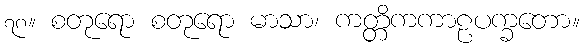
၇၈။ စတုရော စတုရော မာသာ၊ ကတ္တိကကာဠပက္ခတော။